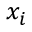
x _ { i }